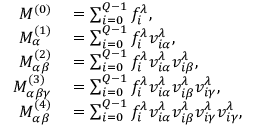
\begin{array} { r l } { M ^ { ( 0 ) } } & { { } = \sum _ { i = 0 } ^ { Q - 1 } f _ { i } ^ { \lambda } , } \\ { M _ { \alpha } ^ { ( 1 ) } } & { { } = \sum _ { i = 0 } ^ { Q - 1 } f _ { i } ^ { \lambda } v _ { i \alpha } ^ { \lambda } , } \\ { M _ { \alpha \beta } ^ { ( 2 ) } } & { { } = \sum _ { i = 0 } ^ { Q - 1 } f _ { i } ^ { \lambda } v _ { i \alpha } ^ { \lambda } v _ { i \beta } ^ { \lambda } , } \\ { M _ { \alpha \beta \gamma } ^ { ( 3 ) } } & { { } = \sum _ { i = 0 } ^ { Q - 1 } f _ { i } ^ { \lambda } v _ { i \alpha } ^ { \lambda } v _ { i \beta } ^ { \lambda } v _ { i \gamma } ^ { \lambda } , } \\ { M _ { \alpha \beta } ^ { ( 4 ) } } & { { } = \sum _ { i = 0 } ^ { Q - 1 } f _ { i } ^ { \lambda } v _ { i \alpha } ^ { \lambda } v _ { i \beta } ^ { \lambda } v _ { i \gamma } ^ { \lambda } v _ { i \gamma } ^ { \lambda } , } \end{array}